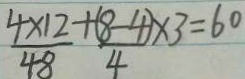
\frac { 4 \times 1 2 } { 4 8 } + \frac { ( 8 - 4 ) \times 3 } { 4 } \times 3 = 6 0